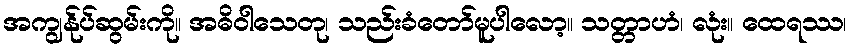
အကျွန်ုပ်ဆွမ်းကို။ အဓိဝါသေတု၊ သည်းခံတော်မူပါလော့။ သတ္တာဟံ၊ လုံး။ ထေရဿ၊